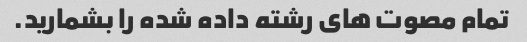
تمام مصوت های رشته داده شده را بشمارید.